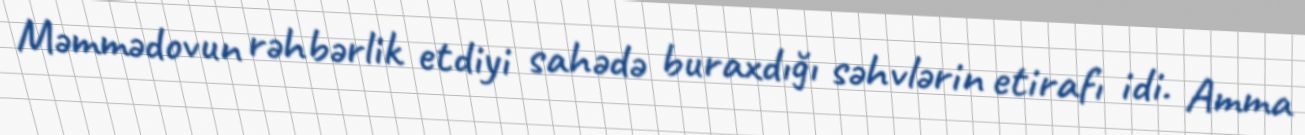
Məmmədovun rəhbərlik etdiyi sahədə buraxdığı səhvlərin etirafı idi. Amma